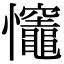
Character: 𢥼